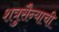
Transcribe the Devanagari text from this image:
शत्रुसैन्याची